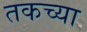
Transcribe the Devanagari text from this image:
तकच्या